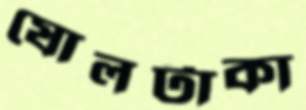
ষোলটাকা